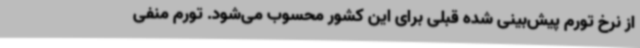
از نرخ تورم پیش‌بینی شده قبلی برای این کشور محسوب می‌شود. تورم منفی